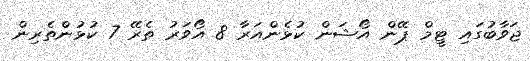
ޖަވާބުގައި ޓީމް ޕޭން އޯޝަން ކުޅެންއަރާ 8 އޯވަރު ތެރޭ 7 ކުޅުންތެރިން